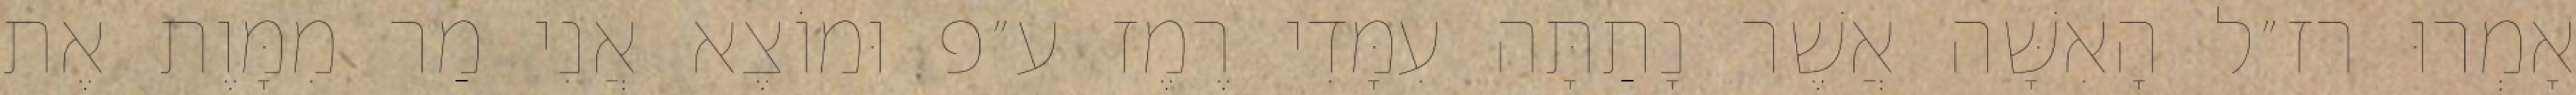
אָמְרוּ רז״ל הָאִשָּׁה אֲשֶׁר נָתַתָּה עִמָּדִי רֶמֶז ע״פ וּמוֹצֶא אֲנִי מַר מִמָּוֶת אֶת